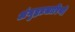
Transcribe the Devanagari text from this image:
अंगुष्ठप्रसारिणी